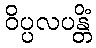
ဝိပ္ပလပန္တိံ